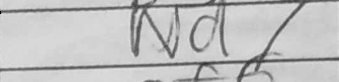
Transcription: Nd7